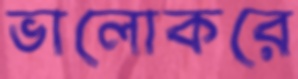
ভালোকরে